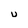
Character: u